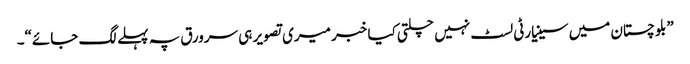
”بلوچستان میں سینیارٹی لسٹ نہیں چلتی کیا خبر میری تصویر ہی سرورق پہ پہلے لگ جائے“۔